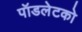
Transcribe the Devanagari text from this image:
पॉडलेटको